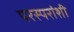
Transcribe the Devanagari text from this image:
परस्‍परांशी